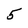
Character: 5